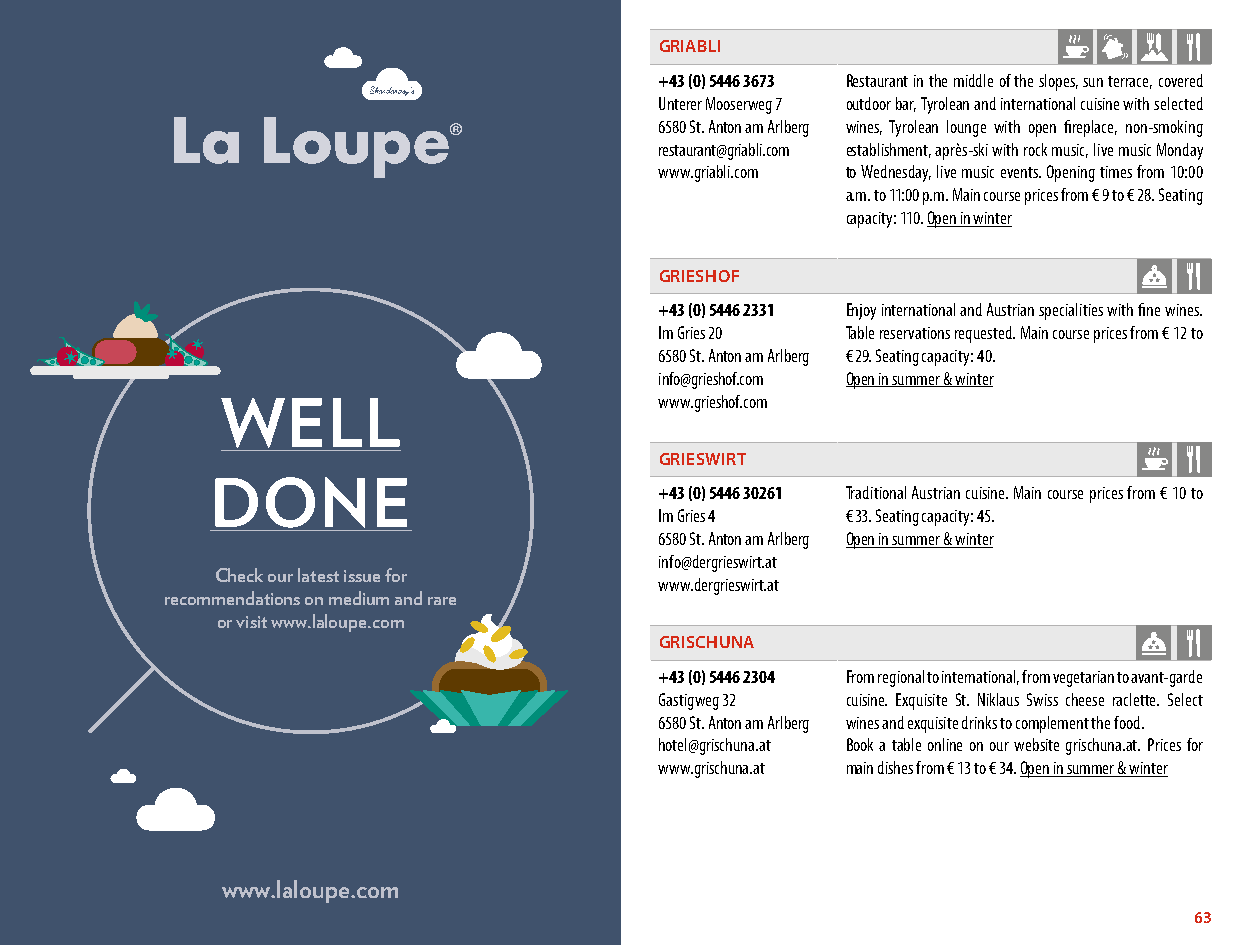
GRIABLI
 +43 (0) 5446 3673 Restaurant in the middle of the slopes, sun terrace, covered
 Unterer Mooserweg 7 outdoor bar, Tyrolean and international cuisine with selected
 6580 St. Anton am Arlberg wines, Tyrolean lounge with open fireplace, non-smoking
 restaurant@griabli.com establishment, après-ski with rock music, live music Monday
 www.griabli.com to Wednesday, live music events. Opening times from 10:00
 a.m. to 11:00 p.m. Main course prices from € 9 to € 28. Seating
 capacity: 110. Open in winter
 GRIESHOF
 +43 (0) 5446 2331 Enjoy international and Austrian specialities with fine wines.
 Im Gries 20 Table reservations requested. Main course prices from € 12 to
 6580 St. Anton am Arlberg € 29. Seating capacity: 40.
 info@grieshof.com Open in summer & winter
 www.grieshof.com
 WELL
 GRIESWIRT
 DONE                          +43 (0) 5446 30261 Traditional Austrian cuisine. Main course prices from € 10 to
 Im Gries 4  € 33. Seating capacity: 45.
 6580 St. Anton am Arlberg Open in summer & winter
 info@dergrieswirt.at
 Check our latest issue for
 www.dergrieswirt.at
 recommendations on medium and rare
 or visit www.laloupe.com
 GRISCHUNA
 +43 (0) 5446 2304 From regional to international, from vegetarian to avant-garde
 Gastigweg 32 cuisine. Exquisite St. Niklaus Swiss cheese raclette. Select
 6580 St. Anton am Arlberg wines and exquisite drinks to complement the food.
 hotel@grischuna.at Book a table online on our website grischuna.at. Prices for
 www.grischuna.at main dishes from € 13 to € 34. Open in summer & winter
 www.laloupe.com
 62                                                                           63